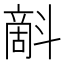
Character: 𣂉